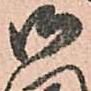
御